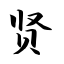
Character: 贤